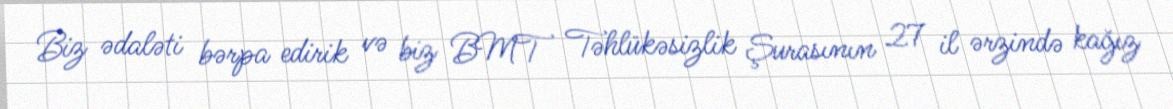
Biz ədaləti bərpa edirik və biz BMT Təhlükəsizlik Şurasının 27 il ərzində kağız